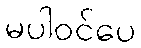
မပါဝင်ပေ